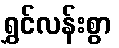
ရွှင်လန်းစွာ